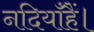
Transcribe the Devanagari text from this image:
नदियाँहैं।